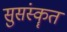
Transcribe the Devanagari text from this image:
सुसंस्कॄत